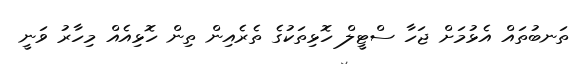
ތަނބުތައް އެޅުމަށް ޖަހާ ސްޓީލް ހޮޅިތަކުގެ ތެރެއިން ތިން ހޮޅިއެއް މިހާރު ވަނީ